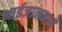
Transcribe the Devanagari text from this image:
भाईजानमध्ये